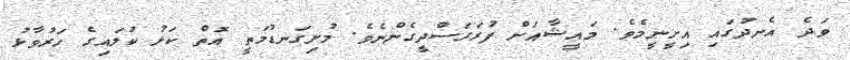
ވަދެ އެނދުގައި އިށީނީމެވެ. މައީޝާއަށް ފުރަގަސްދީގެންނެވެ. މުށިގަނޑުމަތީ އޮތް ކަޅު ކުލައިގެ ހަރުވާޅު